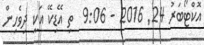
އޮކްޓޯބަރު 24